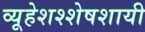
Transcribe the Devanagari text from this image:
व्यूहेशश्शेषशायी